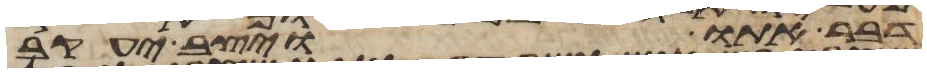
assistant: דבר אתו ויצב יעקב